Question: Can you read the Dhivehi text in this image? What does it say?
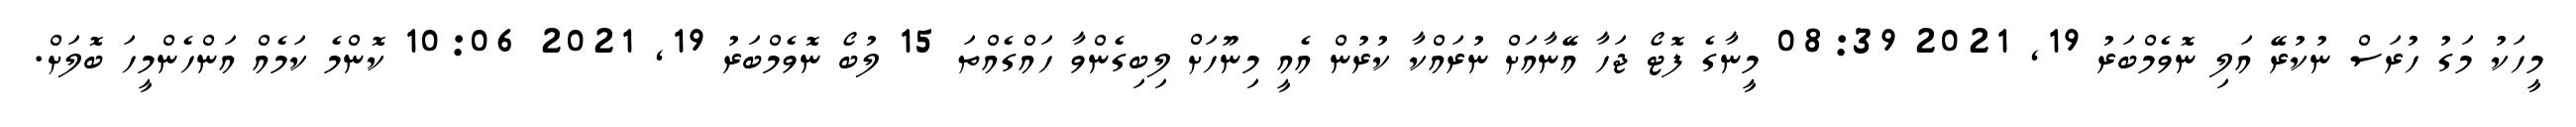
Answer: މީހަކު މަގު ހުރަސް ނުކުރޭ އަލި ނޮވެމްބަރު 19, 2021 08:39 މީނާގެ ފޮޓޯ ޖަހާ އޭނާއަށް ނުރައްކާ ކުރުން އެއީ މިނޫހަށް ލިބިގެންވާ ހައްގެއްތަ 15 ލުބޯ ނޮވެމްބަރު 19, 2021 10:06 ކޮންމެ ކަމެއް އަންހެންމީހަ ބޮލަށް.